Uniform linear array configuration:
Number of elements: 12
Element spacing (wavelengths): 0.5
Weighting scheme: hamming
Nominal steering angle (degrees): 45
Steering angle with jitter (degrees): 44.586
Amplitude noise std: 0.05
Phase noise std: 0.05

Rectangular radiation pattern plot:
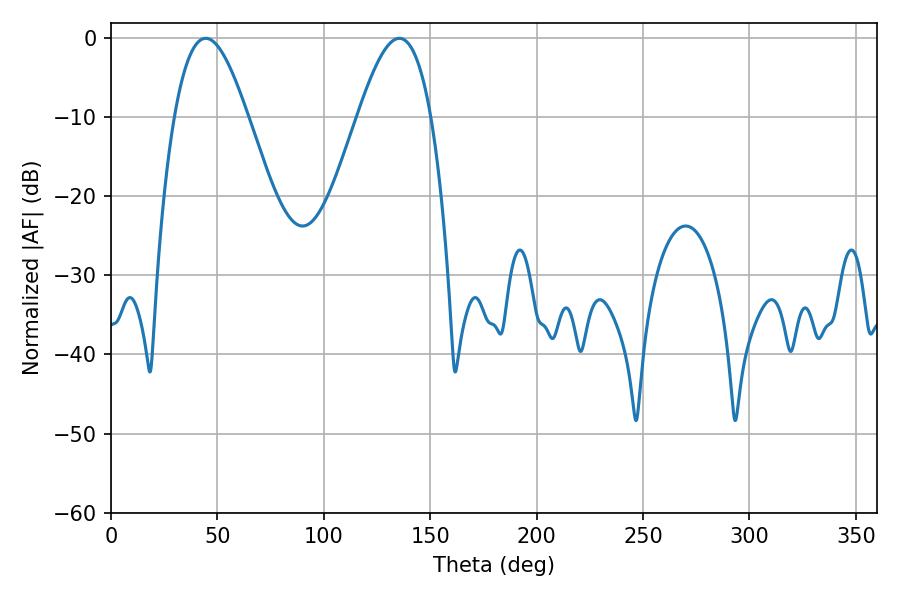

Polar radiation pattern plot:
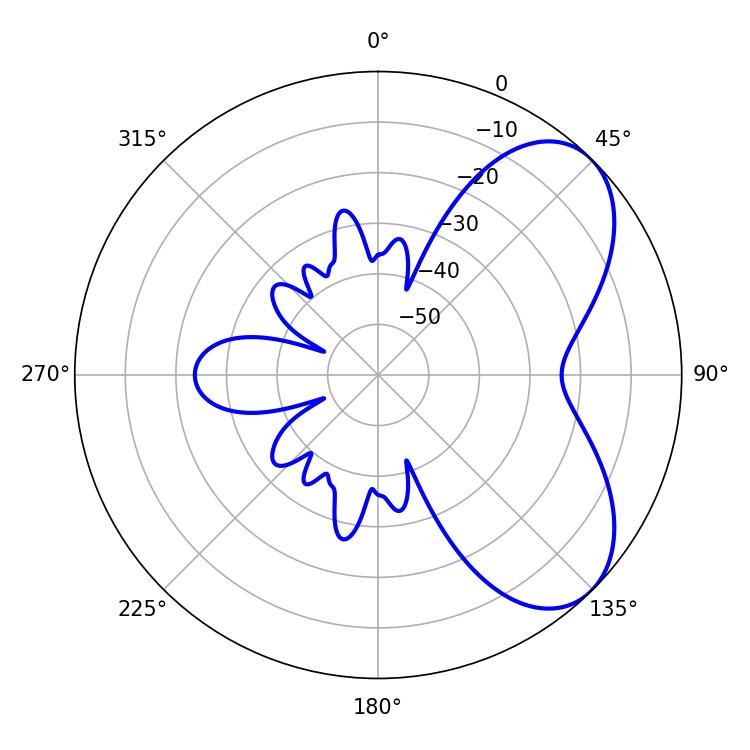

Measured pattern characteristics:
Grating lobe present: FALSE
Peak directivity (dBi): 5.959
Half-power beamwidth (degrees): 18.54
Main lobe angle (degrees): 44.46